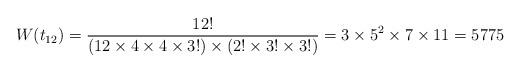
LaTeX: \begin{align*}W(t_{12})=\frac{12!}{(12\times4\times4\times3!)\times(2!\times3!\times3!)}=3\times5^2\times7\times11=5775\end{align*}